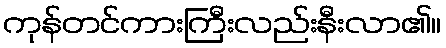
ကုန်တင်ကားကြီးလည်းနီးလာ၏။